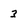
Character: 3